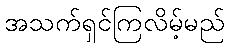
အသက်ရှင်ကြလိမ့်မည်